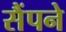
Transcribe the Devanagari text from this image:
सैंपने